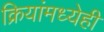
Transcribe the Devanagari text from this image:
क्रियांमध्येही